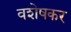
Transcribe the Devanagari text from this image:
वशेषकर